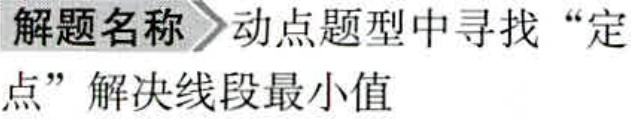
解题名称 动点题型中寻找“定点”解决线段最小值